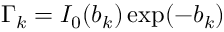
\Gamma _ { k } = I _ { 0 } ( b _ { k } ) \exp ( - b _ { k } )